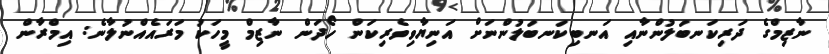
ނާޒިމްގެ ދަރިކަނބަލުންނާއި އަނބިކަނބަލުންނަށް އަނިޔާވިވެރިކަން ހޯދަން ނާޒިމް މީހަކު މަރައެއްނުލާނެ: އިމްރާން